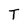
Character: T